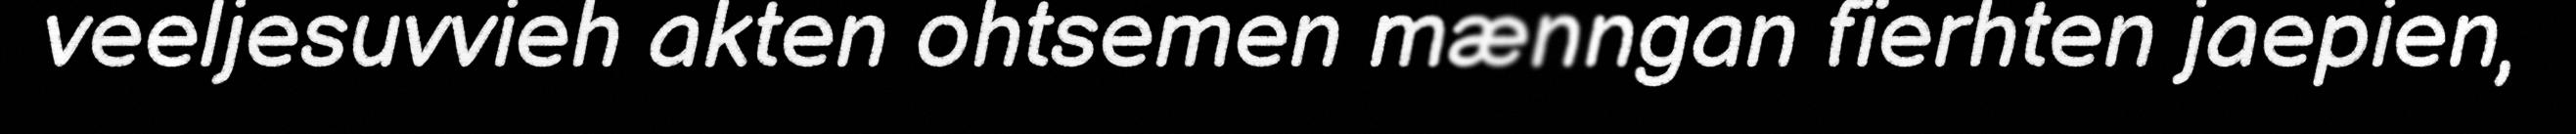
veeljesuvvieh akten ohtsemen mænngan fïerhten jaepien,